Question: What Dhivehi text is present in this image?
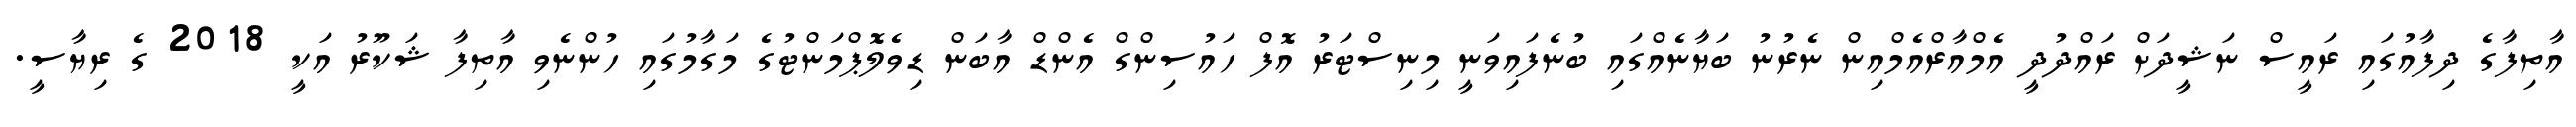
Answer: އާތިފާގެ ދިފާއުގައި ރައީސް ނަޝީދަށް ރައްދުދީ އެމްއާރްއެމްއިން ނެރުނު ބަޔާނެއްގައި ބުނެފައިވަނީ މިނިސްޓަރު އޮފް ހައުސިންގް އެންޑް އާބަން ޑިވެލޮޕްމަންޓުގެ މަގާމުގައި ހުންނެވި އާތިފާ ޝަކޫރު އަކީ 2018 ގެ ރިޔާސީ.